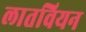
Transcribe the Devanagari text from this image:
लातवियन